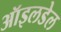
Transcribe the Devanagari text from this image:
ऑइलडेल